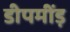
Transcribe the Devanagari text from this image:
डीपमींड़